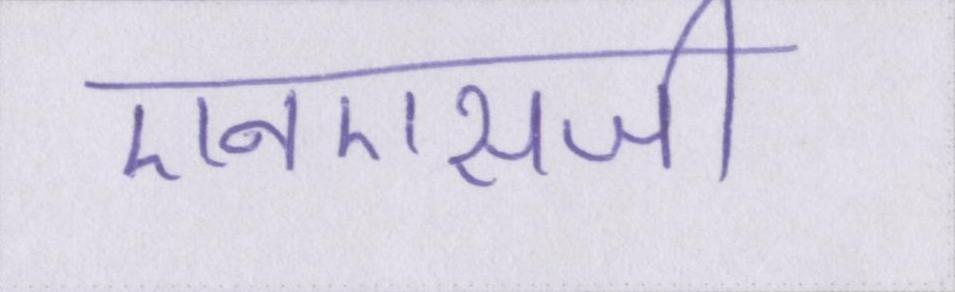
एनएसजी